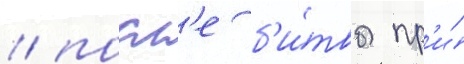
/ посл'е б'и́твы пр'и́